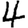
Digit: 4